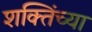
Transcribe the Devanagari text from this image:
शक्तिंच्या